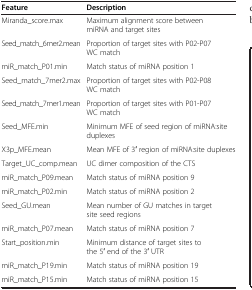
<table><thead><tr><td><b>Feature</b></td><td><b>Description</b></td></tr></thead><tbody><tr><td>Miranda_score.max</td><td>Maximum alignment score between miRNA and target sites</td></tr><tr><td>Seed_match_6mer2.mean</td><td>Proportion of target sites with P02-P07 WC match</td></tr><tr><td>miR_match_P01.min</td><td>Match status of miRNA position 1</td></tr><tr><td>Seed_match_7mer2.max</td><td>Proportion of target sites with P02-P08 WC match</td></tr><tr><td>Seed_match_7mer1.mean</td><td>Proportion of target sites with P01-P07 WC match</td></tr><tr><td>Seed_MFE.min</td><td>Minimum MFE of seed region of miRNA:site duplexes</td></tr><tr><td>X3p_MFE.mean</td><td>Mean MFE of 3′ region of miRNA:site duplexes</td></tr><tr><td>Target_UC_comp.mean</td><td>UC dimer composition of the CTS</td></tr><tr><td>miR_match_P09.mean</td><td>Match status of miRNA position 9</td></tr><tr><td>miR_match_P02.min</td><td>Match status of miRNA position 2</td></tr><tr><td>Seed_GU.mean</td><td>Mean number of GU matches in target site seed regions</td></tr><tr><td>miR_match_P07.mean</td><td>Match status of miRNA position 7</td></tr><tr><td>Start_position.min</td><td>Minimum distance of target sites to the 5′ end of the 3′ UTR</td></tr><tr><td>miR_match_P19.min</td><td>Match status of miRNA position 19</td></tr><tr><td>miR_match_P15.min</td><td>Match status of miRNA position 15</td></tr></tbody></table>